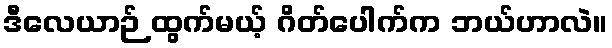
ဒီလေယာဉ် ထွက်မယ့် ဂိတ်ပေါက်က ဘယ်ဟာလဲ။